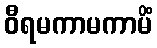
ဝီရမကာမကာမိံ